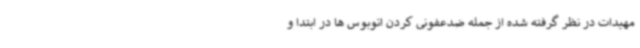
مهیدات در نظر گرفته شده از جمله ضدعفونی کردن اتوبوس ها در ابتدا و